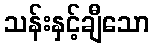
သန်းနှင့်ချီသော